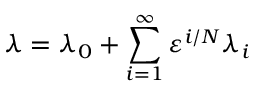
\lambda = \lambda _ { 0 } + \sum _ { i = 1 } ^ { \infty } \varepsilon ^ { i / N } \lambda _ { i }